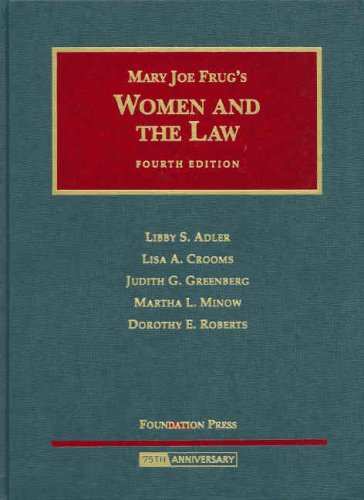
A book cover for Women and the Law (University Casebook Series); Libby Adler; Law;